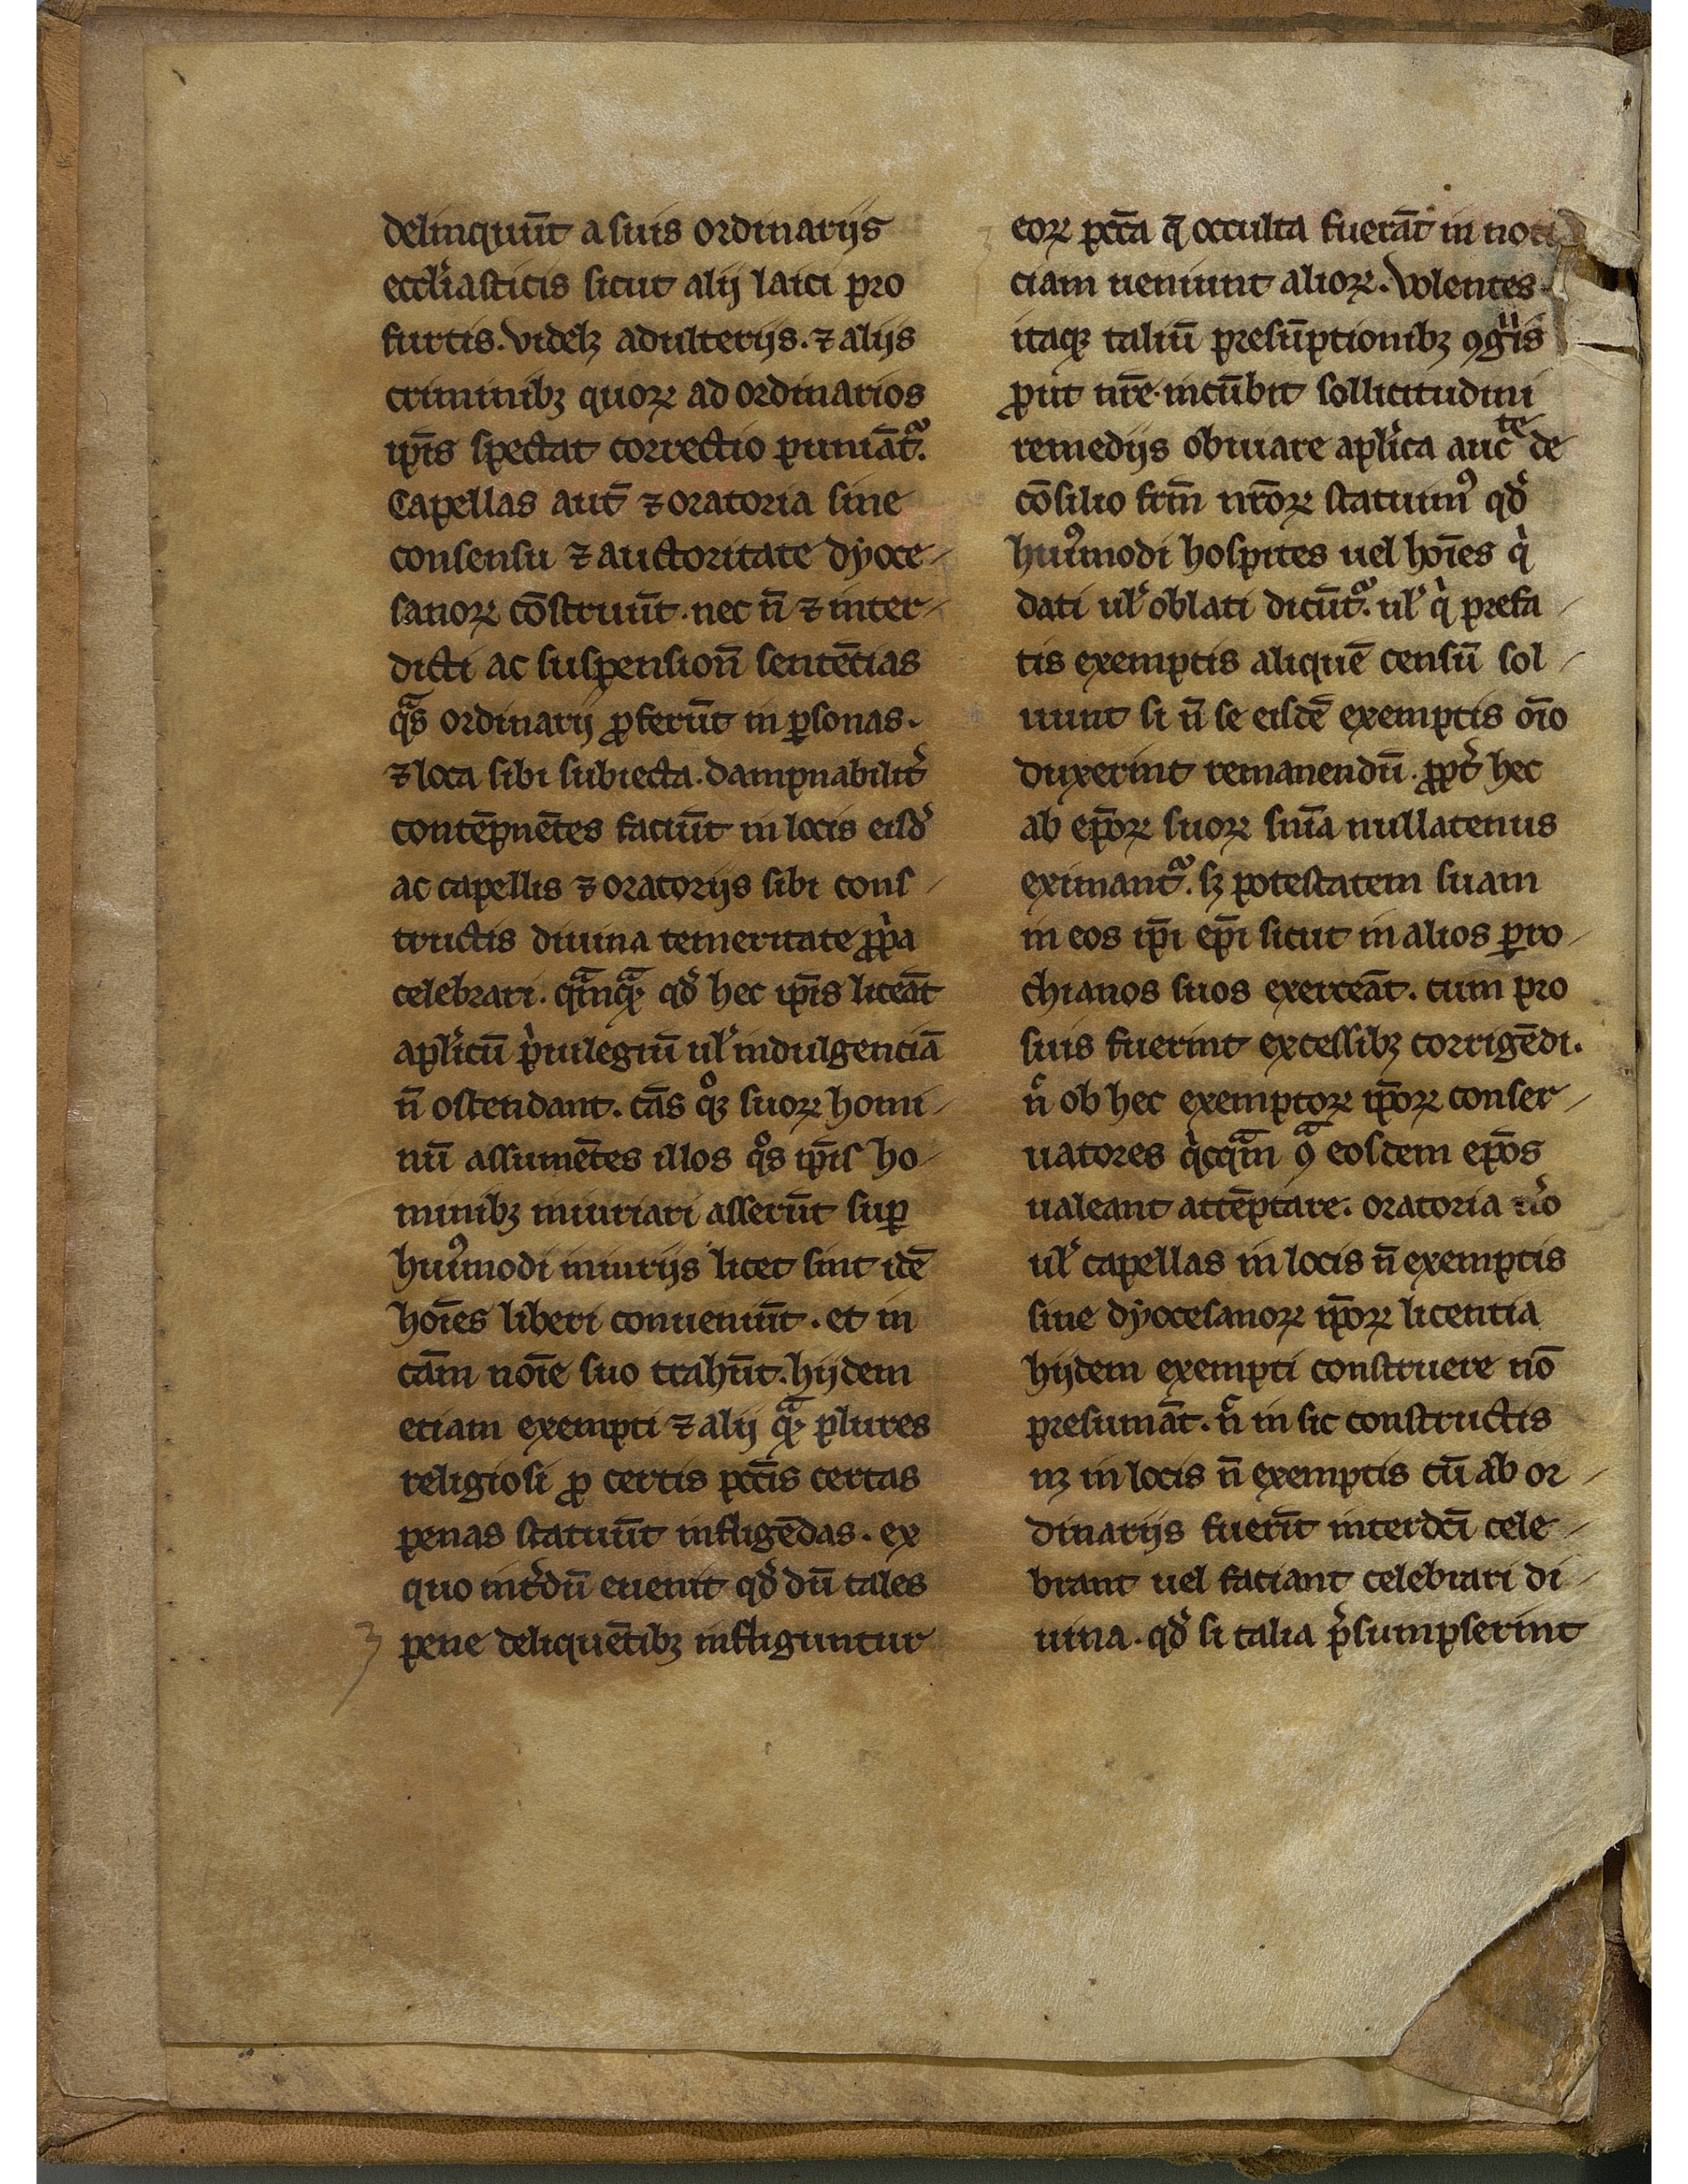
Shelfmark: Mâcon, Archives de Saône et Loire, G 443
Century: 13